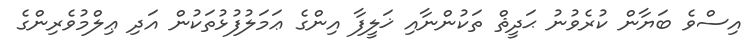
އިސްވެ ބަޔާން ކުރެވުނު ޙަދީޘް ތަކުންނާއި ޚަލީފާ އިންގެ ޢަމަލުފުޅުތަކުން އަދި ޢިލްމުވެރިންގެ